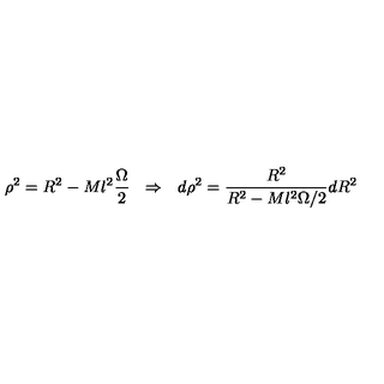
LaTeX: \rho ^ { 2 } = R ^ { 2 } - M l ^ { 2 } \frac { \Omega } { 2 } \: \: \: \Rightarrow \: \: \: d \rho ^ { 2 } = \frac { R ^ { 2 } } { R ^ { 2 } - M l ^ { 2 } \Omega / 2 } d R ^ { 2 }